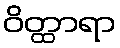
ဝိတ္ထာရာ